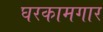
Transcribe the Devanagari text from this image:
घरकामगार